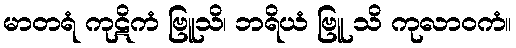
မာတရံ ကုဋိကံ ဗြူသိ၊ ဘရိယံ ဗြူ သိ ကုလာဝကံ။